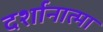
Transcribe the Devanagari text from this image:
दर्शानात्मा